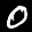
Label: 0